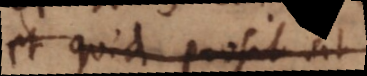
et quid prosit ut